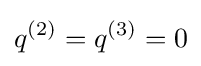
q^{(2)}=q^{(3)}=0